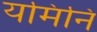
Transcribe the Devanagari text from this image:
यमिनि